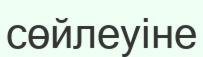
сөйлеуіне